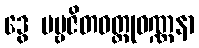
ဒွေ ပဗ္ဗဇိတဝတ္ထုဝဏ္ဏနာ